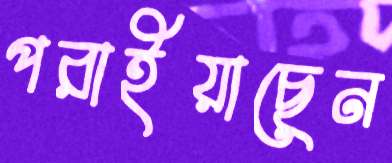
পরাইয়াছেন